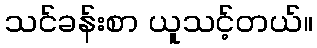
သင်ခန်းစာ ယူသင့်တယ်။